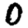
Digit: 0